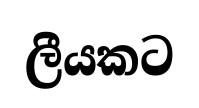
ලීයකට